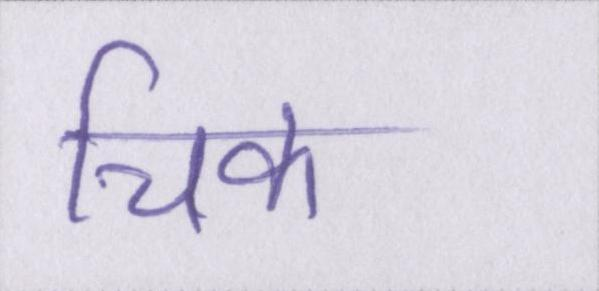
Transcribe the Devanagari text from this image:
चिक